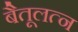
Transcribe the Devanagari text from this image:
बैतूलत्न